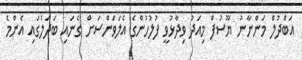
އަބްދުލް މަންނާނު ޔޫސުފް މިއަދު ވިދާޅުވީ ފުލުހުންގެ އެލަވަންސަށް ގެނައި ބަދަލުގައި އެންމެ